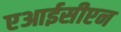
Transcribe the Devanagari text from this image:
एआईसीएन